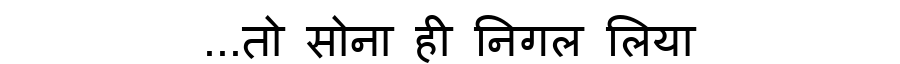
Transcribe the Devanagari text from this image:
...तो सोना ही निगल लिया